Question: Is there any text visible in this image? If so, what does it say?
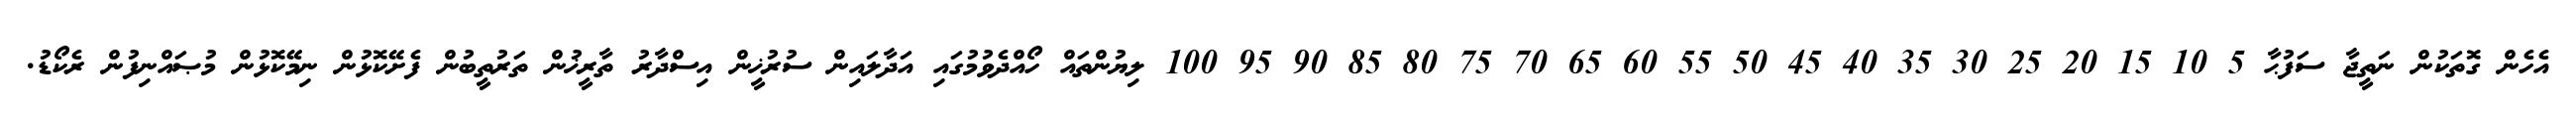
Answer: އެހެން ގޮތަކުން ނަތީޖާ ސަފުޙާ 5 10 15 20 25 30 35 40 45 50 55 60 65 70 75 80 85 90 95 100 ލިޔުންތައް ހޯއްދެވުމުގައި އަދާލައިން ސުރުޚީން އިސްދާރު ތާރީޚުން ތަރުތީބުން ފެށޭކޮޅުން ނިމޭކޮޅުން މުޞައްނިފުން ރެކޯޑު.